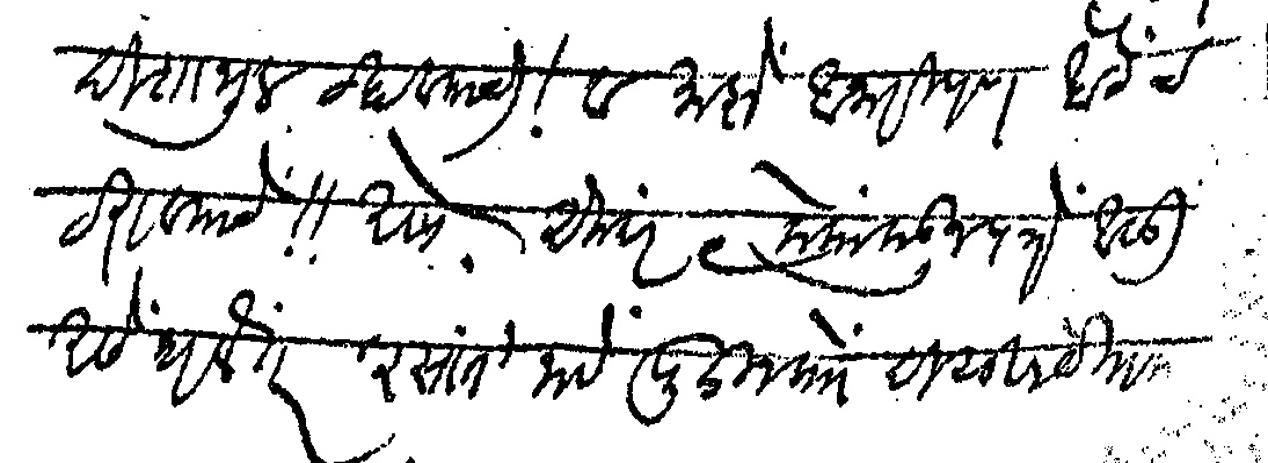
Transliteration (Devanagari): दिशाभूल व्हावयाची व माझे आजारीपण खोटेच ठरावयाचे असो एकंदर ९ लोकांकडून पत्रे आली असे धरले तर रसांत नावे पुढीलप्रो दिसून येतात